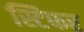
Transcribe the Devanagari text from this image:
स्टिफर